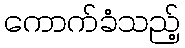
ကောက်ခံသည့်